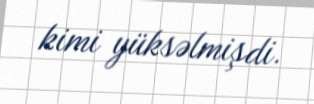
kimi yüksəlmişdi.